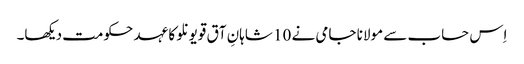
اِس حساب سے مولانا جامی نے 10 شاہانِ آق قویونلو کا عہد حکومت دیکھا۔